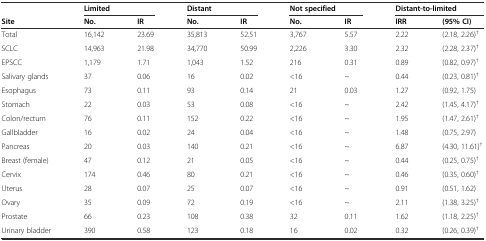
<table><thead><tr><td></td><td colspan="2"><b>Limited</b></td><td colspan="2"><b>Distant</b></td><td colspan="2"><b>Not specified</b></td><td colspan="2"><b>Distant-to-limited</b></td></tr><tr><td><b>Site</b></td><td><b>No.</b></td><td><b>IR</b></td><td><b>No.</b></td><td><b>IR</b></td><td><b>No.</b></td><td><b>IR</b></td><td><b>IRR</b></td><td><b>(95%CI)</b></td></tr></thead><tbody><tr><td>Total</td><td>16,142</td><td>23.69</td><td>35,813</td><td>52.51</td><td>3,767</td><td>5.57</td><td>2.22</td><td>(2.18, 2.26)<sup>†</sup></td></tr><tr><td>SCLC</td><td>14,963</td><td>21.98</td><td>34,770</td><td>50.99</td><td>2,226</td><td>3.30</td><td>2.32</td><td>(2.28, 2.37)<sup>†</sup></td></tr><tr><td>EPSCC</td><td>1,179</td><td>1.71</td><td>1,043</td><td>1.52</td><td>216</td><td>0.31</td><td>0.89</td><td>(0.82, 0.97)<sup>†</sup></td></tr><tr><td>Salivary glands</td><td>37</td><td>0.06</td><td>16</td><td>0.02</td><td>&lt;16</td><td>~</td><td>0.44</td><td>(0.23, 0.81)<sup>†</sup></td></tr><tr><td>Esophagus</td><td>73</td><td>0.11</td><td>93</td><td>0.14</td><td>21</td><td>0.03</td><td>1.27</td><td>(0.92, 1.75)</td></tr><tr><td>Stomach</td><td>22</td><td>0.03</td><td>53</td><td>0.08</td><td>&lt;16</td><td>~</td><td>2.42</td><td>(1.45, 4.17)<sup>†</sup></td></tr><tr><td>Colon/rectum</td><td>76</td><td>0.11</td><td>152</td><td>0.22</td><td>&lt;16</td><td>~</td><td>1.95</td><td>(1.47, 2.61)<sup>†</sup></td></tr><tr><td>Gallbladder</td><td>16</td><td>0.02</td><td>24</td><td>0.04</td><td>&lt;16</td><td>~</td><td>1.48</td><td>(0.75, 2.97)</td></tr><tr><td>Pancreas</td><td>20</td><td>0.03</td><td>140</td><td>0.21</td><td>&lt;16</td><td>~</td><td>6.87</td><td>(4.30, 11.61)<sup>†</sup></td></tr><tr><td>Breast (female)</td><td>47</td><td>0.12</td><td>21</td><td>0.05</td><td>&lt;16</td><td>~</td><td>0.44</td><td>(0.25, 0.75)<sup>†</sup></td></tr><tr><td>Cervix</td><td>174</td><td>0.46</td><td>80</td><td>0.21</td><td>&lt;16</td><td>~</td><td>0.46</td><td>(0.35, 0.60)<sup>†</sup></td></tr><tr><td>Uterus</td><td>28</td><td>0.07</td><td>25</td><td>0.07</td><td>&lt;16</td><td>~</td><td>0.91</td><td>(0.51, 1.62)</td></tr><tr><td>Ovary</td><td>35</td><td>0.09</td><td>72</td><td>0.19</td><td>&lt;16</td><td>~</td><td>2.11</td><td>(1.38, 3.25)<sup>†</sup></td></tr><tr><td>Prostate</td><td>66</td><td>0.23</td><td>108</td><td>0.38</td><td>32</td><td>0.11</td><td>1.62</td><td>(1.18, 2.25)<sup>†</sup></td></tr><tr><td>Urinary bladder</td><td>390</td><td>0.58</td><td>123</td><td>0.18</td><td>16</td><td>0.02</td><td>0.32</td><td>(0.26, 0.39)<sup>†</sup></td></tr></tbody></table>